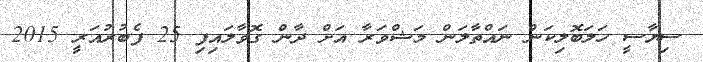
ސިޔާސީ ހަލަބޮލިކަން ނައްތާލަން މަޝްވަރާ އަށް ދާން ގޮވާލައިފި 25 ފެބުރުއަރީ 2015